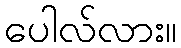
ပေါလ်လား။